Leprosy in India: report of the Leprosy Commission in India, 1890-91
Year: 1890
Disease focus: Leprosy
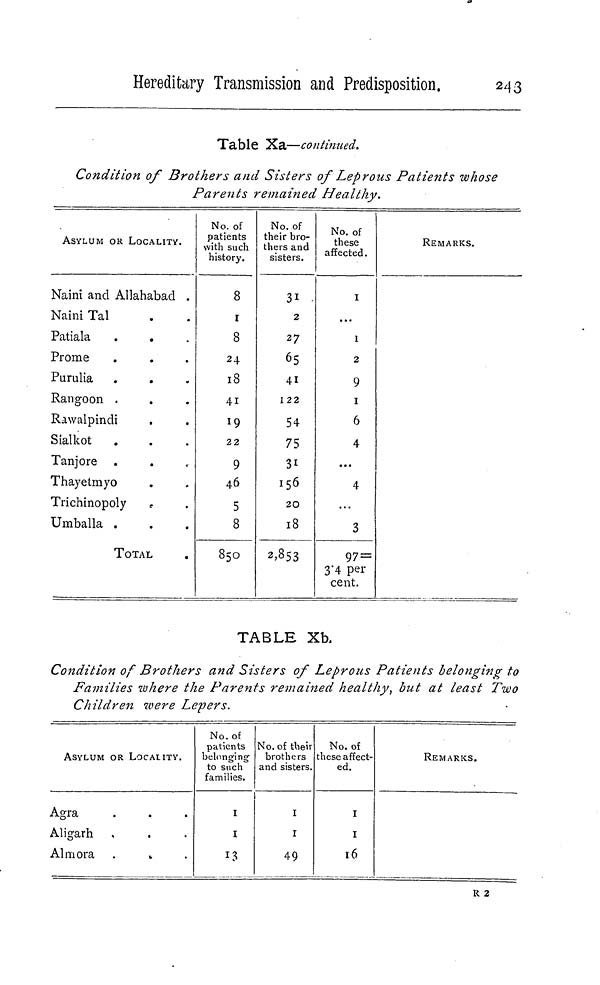
Hereditary Transmission and Predisposition.
243
Table Xa—continued.
Condition of Brothers and Sisters of Leprous Patients whose
Parents remained Healthy.
ASYLUM OR LOCALITY.
Naini and Allahabad .
Naini Tal
Patiala
Prome
Purulia
Rangoon
Rawalpindi
Sialkot
.
Tanjore
Thayetmyo
Trichinopoly
Umballa .
TOTAL
.
No. of
patients
with such
history.
8
1
8
24
18
41
19
22
9
46
5
8
850
No. of
their bro-
thers and
sisters.
31
2
27
65
41
122
54
75
31
156
20
18
2,853
No. of
these
affected.
1
...
1
2
9
1
6
4
...
4
3
97 =
3'4 per
cent.
REMARKS.
TABLE Xb.
Condition of Brothers and Sisters of Leprous Patients belonging to
Families where the Parents remained healthy, but at least Two
Children were Lepers.
ASYLUM OR LOCALITY.
Agra
Aligarh
Almora
No. of
patients
belonging
to such
families.
1
1
13
No. of their
brothers
and sisters.
1
1
49
No. of
these affect-
ed.
1
1
16
REMARKS.
R 2